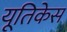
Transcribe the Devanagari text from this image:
यूतिकेस